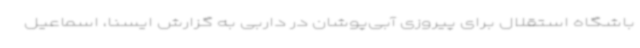
باشگاه استقلال برای پیروزی آبی‌پوشان در داربی به گزارش ایسنا، اسماعیل